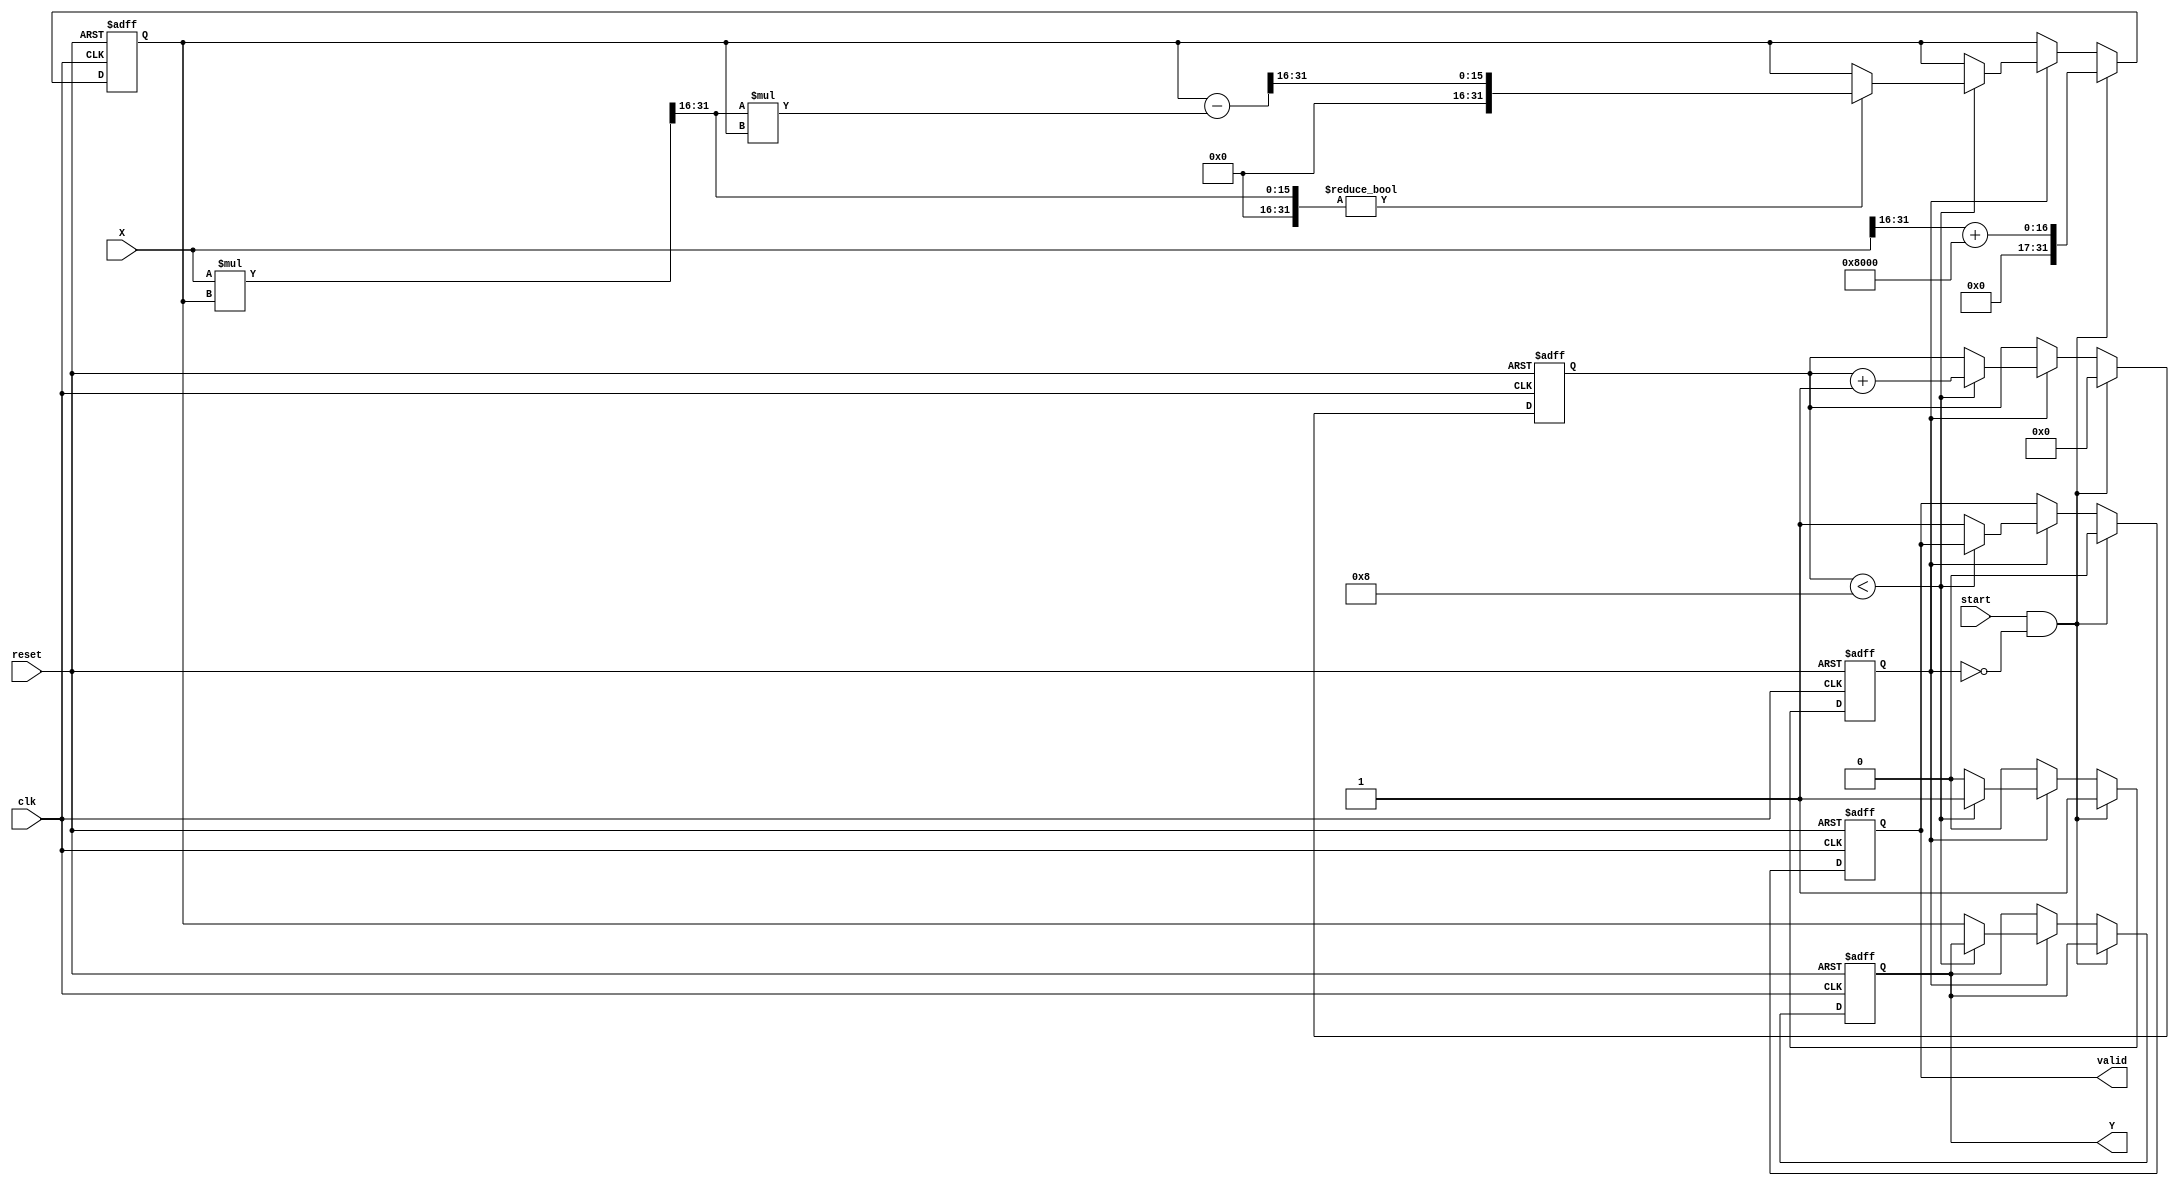
module fixed_point_reciprocal #(
    parameter M = 16,  // Number of integer bits
    parameter N = 16   // Number of fractional bits
)(
    input wire clk,
    input wire reset,
    input wire start,
    input wire [M+N-1:0] X, // Input fixed-point number
    output reg [M+N-1:0] Y,  // Output fixed-point reciprocal
    output reg valid          // Indicates output is valid
);

    localparam MAX_ITER = 8; // Maximum iterations for Newton-Raphson
    localparam TOLERANCE = 1 << (N - 1); // Tolerance for convergence

    reg [M+N-1:0] approx; // Current approximation
    reg [M+N-1:0] error;  // Error term
    reg [3:0] iter_count;  // Iteration counter
    reg busy;              // Busy flag

    always @(posedge clk or posedge reset) begin
        if (reset) begin
            Y <= 0;
            valid <= 0;
            approx <= 0;
            iter_count <= 0;
            busy <= 0;
        end else if (start && !busy) begin
            // Initialize for a new calculation
            approx <= {1'b0, X[M+N-1:M]} + (1 << (N-1)); // Initial approximation: 1 / X
            iter_count <= 0;
            busy <= 1;
            valid <= 0;
        end else if (busy) begin
            // Newton-Raphson iteration
            if (iter_count < MAX_ITER) begin
                // Calculate error: error = X * approx - 1
                error = (X * approx) >> N; // Shift back to fixed-point
                if (error != 0) begin
                    // Update approximation
                    approx <= approx - (error * approx) >> N; // approx = approx - (X * approx - 1) * approx
                end

                iter_count <= iter_count + 1;
            end else begin
                // Finalize output
                Y <= approx;
                valid <= 1;
                busy <= 0;
            end
        end
    end
endmodule